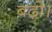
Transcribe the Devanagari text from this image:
बढ़ो।